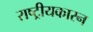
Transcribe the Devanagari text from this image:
राष्ट्रीयकारन